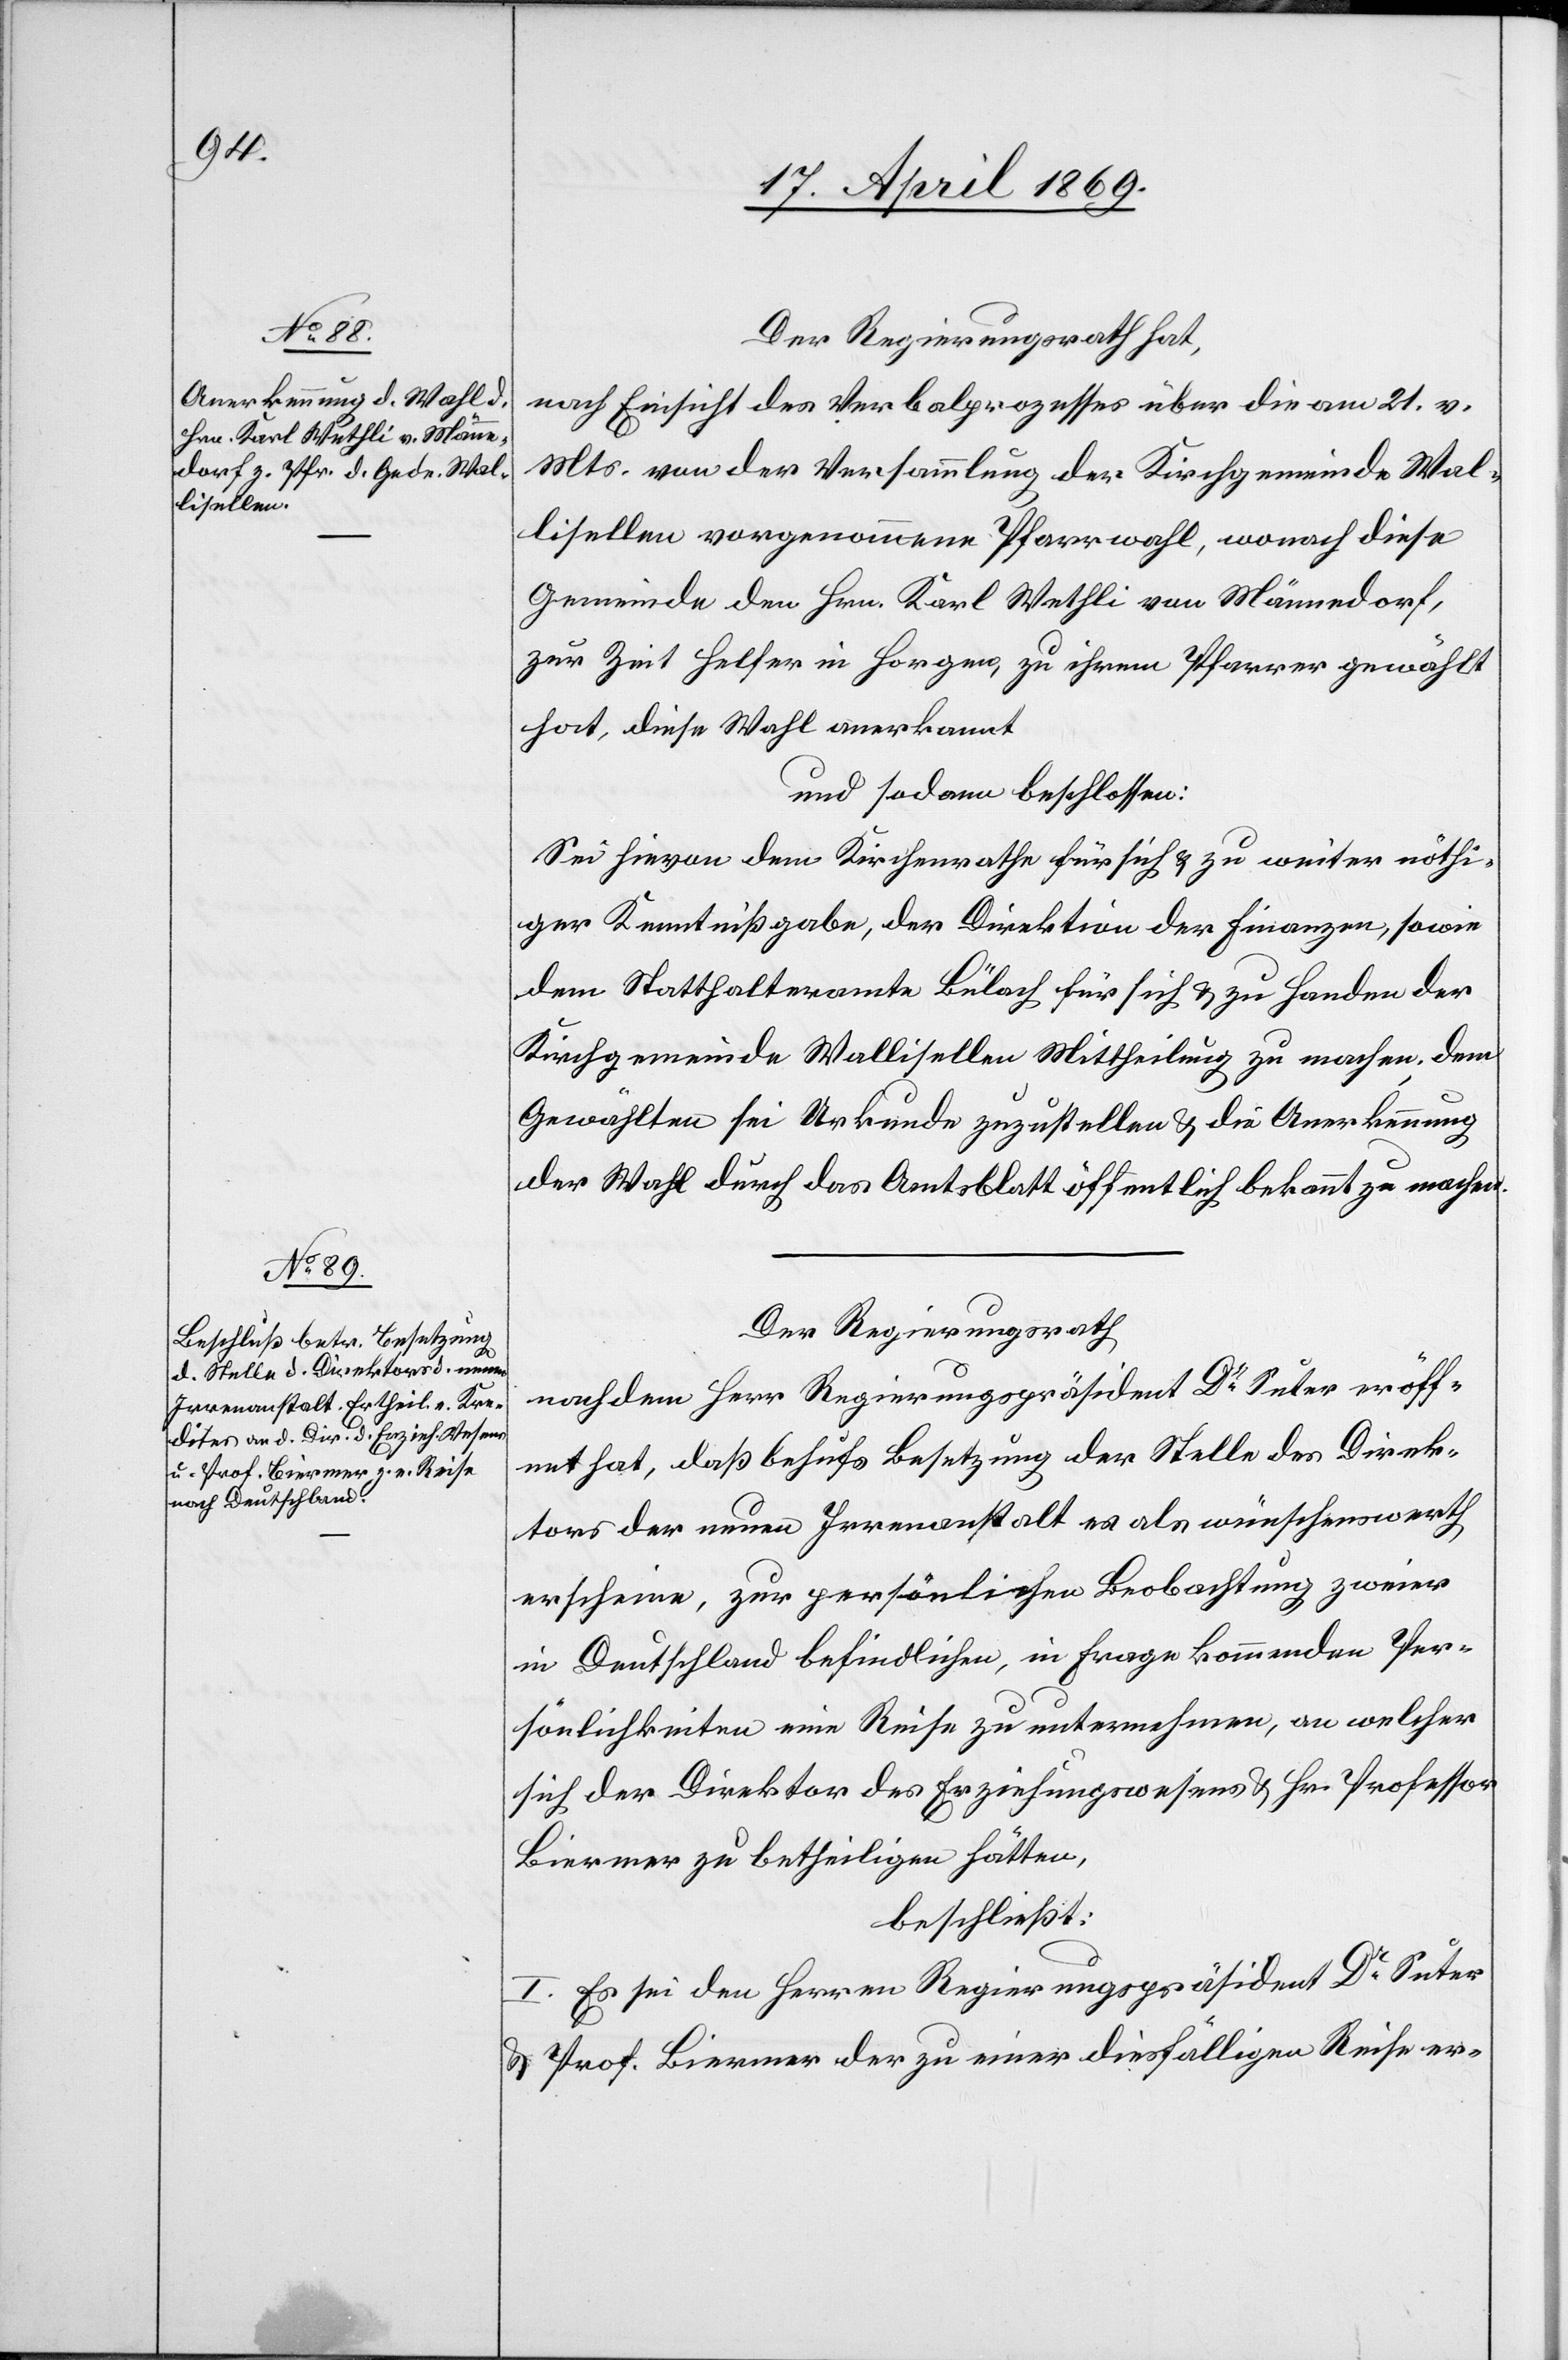
Der Regierungsrath hat,
nach Einsicht des Verbalprozesses über die am 21. v.
Mts. von der Versammlung der Kirchgemeinde Wal¬
lisellen vorgenommene Pfarrwahl, wonach diese
Gemeinde dem Hrn. Karl Wethli von Männedorf,
zur Zeit Helfer in Horgen, zu ihrem Pfarrer gewählt
hat, diese Wahl anerkannt
und sodann beschlossen:
Sei hievon dem Kirchenrathe für sich u. zu weiter nöthi¬
ger Kenntnißgabe, der Direktion der Finanzen, sowie
dem Statthalteramte Bülach für sich u. zu Handen der
Kirchgemeinde Wallisellen Mittheilung zu machen. Dem
Gewählten sei Urkunde zuzustellen u. die Anerkennung
der Wahl durch das Amtsblatt öffentlich bekannt zu machen.
Der Regierungsrath
nachdem Herr Regierungspräsident Dr Suter eröff¬
net hat, daß behufs Besetzung der Stelle des Direk¬
tors der neuen Irrenanstalt es als wünschenswerth
erscheine, zur persönlichen Beobachtung zweier
in Deutschland befindlichen, in Frage kommenden Per¬
sönlichkeiten eine Reise zu unternehmen, an welcher
sich der Direktor des Erziehungswesens u. Hr. Professor
Biermer zu betheiligen hätten,
beschließt:
I. Es sei den Herren Regierungspräsident Dr Suter
u. Prof. Biermer der zu einer diesfälligen Reise er-